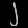
Digit: ၂